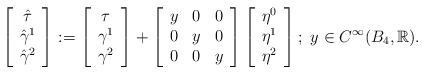
LaTeX: \begin{align*} \left[\begin{array}{c}\hat{\tau}\\\hat{\gamma}^1\\\hat{\gamma}^2\end{array}\right]:= \left[\begin{array}{c}\tau\\\gamma^1\\\gamma^2\end{array}\right]+ \left[\begin{array}{ccc}y&0&0\\0&y&0\\0&0&y\end{array}\right] \left[\begin{array}{c}\eta^0\\\eta^1\\\eta^2\end{array}\right]; \ y\in C^\infty(B_4,\mathbb{R}).\end{align*}